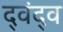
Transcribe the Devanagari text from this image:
द्‍वंद्‍व